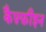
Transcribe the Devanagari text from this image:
कैफ़्फ़ीइन